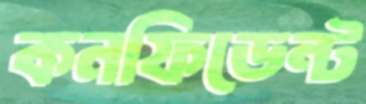
কনফিডেন্ট